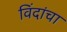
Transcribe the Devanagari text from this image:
विंदांचा